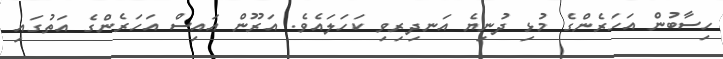
ހިސާބުން އަހަރެންގެ މުޅި ދުުނިޔެ އަނދިރިވި ކަހަލައެވެ. އަރޫން އައިސް އަހަރެންގެ އަތުގައި